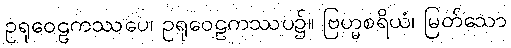
ဥရုဝေဠကဿပေ၊ ဥရုဝေဠကဿပ၌။ ဗြဟ္မစရိယံ၊ မြတ်သော